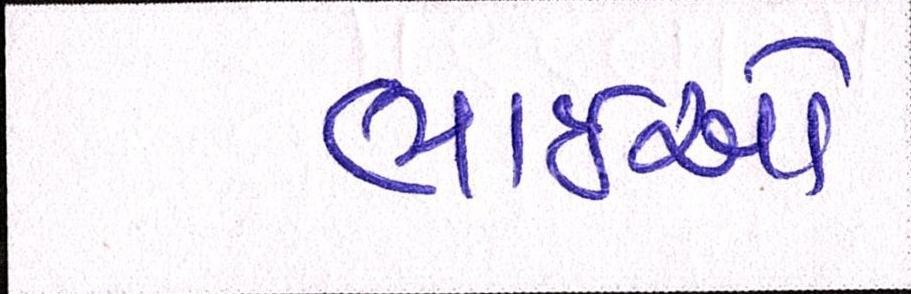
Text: ભાઈઓ